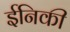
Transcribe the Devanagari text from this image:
ईनिकी